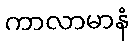
ကာလာမာနံ